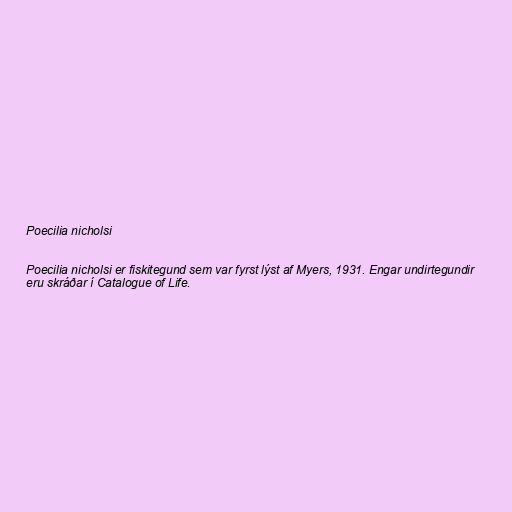
Poecilia nicholsi

Poecilia nicholsi er fiskitegund sem var fyrst lýst af Myers, 1931. Engar undirtegundir
eru skráðar í Catalogue of Life.